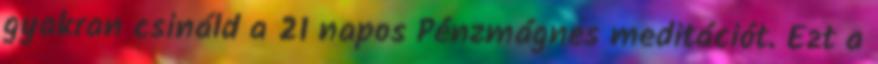
gyakran csináld a 21 napos Pénzmágnes meditációt. Ezt a